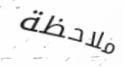
ملاحظة